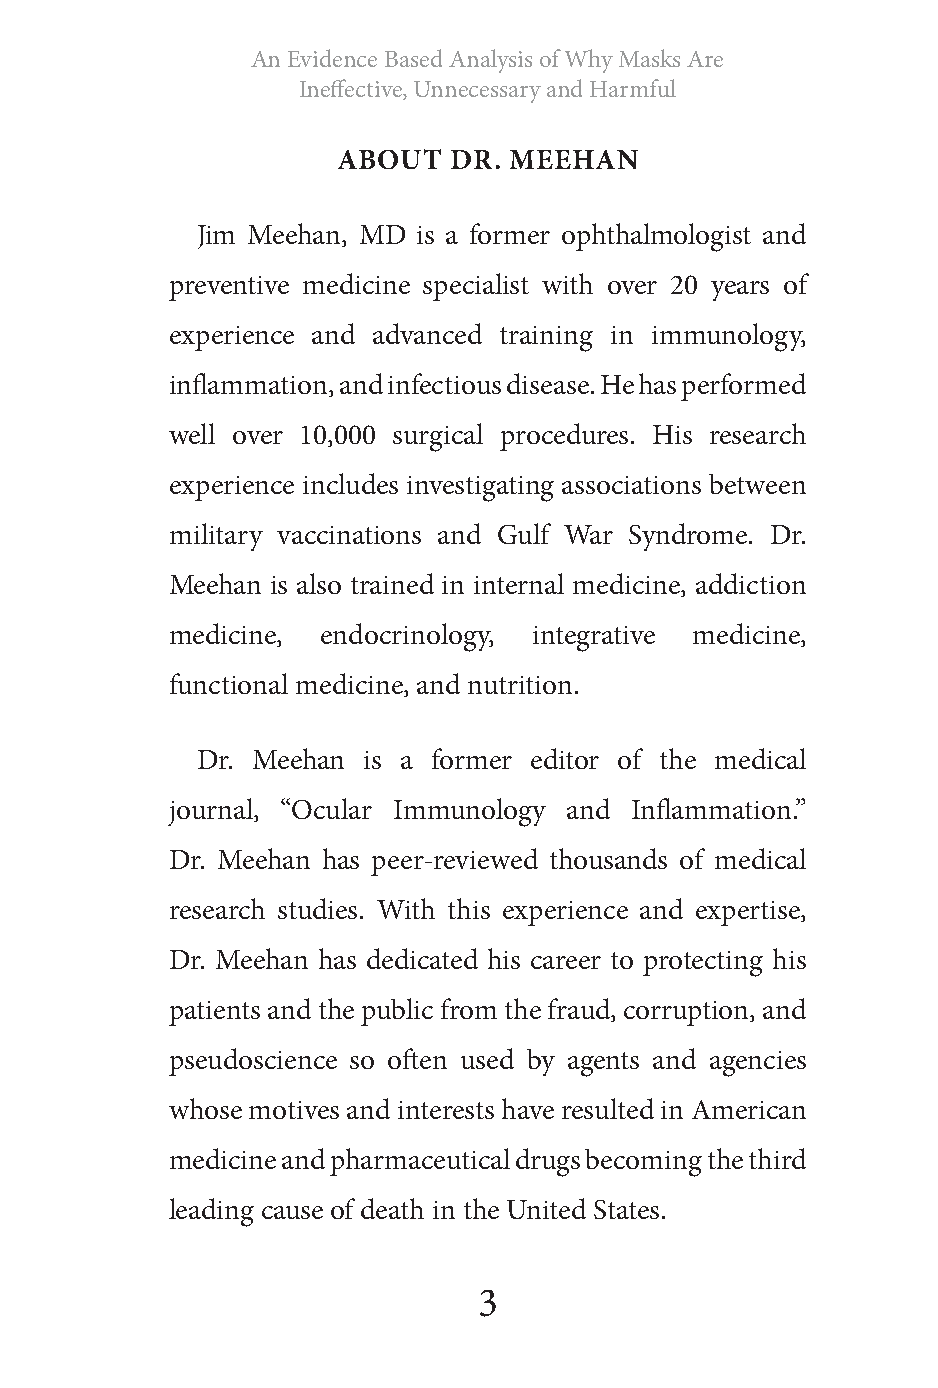
An Evidence Based Analysis of Why Masks Are
 Ineffective, Unnecessary and Harmful
 ABOUT   DR. MEEHAN
 Jim Meehan, MD is a former ophthalmologist and
 preventive medicine specialist with over 20 years of
 experience and advanced training in immunology,
 inflammation, and infectious disease. He has performed
 well over 10,000 surgical procedures. His research
 experience includes investigating associations between
 military vaccinations and Gulf War Syndrome. Dr.
 Meehan is also trained in internal medicine, addiction
 medicine, endocrinology, integrative medicine,
 functional medicine, and nutrition.
 Dr. Meehan is a former editor of the medical
 journal, “Ocular Immunology and Inflammation.”
 Dr. Meehan has peer-reviewed thousands of medical
 research studies. With this experience and expertise,
 Dr. Meehan has dedicated his career to protecting his
 patients and the public from the fraud, corruption, and
 pseudoscience so often used by agents and agencies
 whose motives and interests have resulted in American
 medicine and pharmaceutical drugs becoming the third
 leading cause of death in the United States.
 3